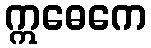
ဣဓေကေ